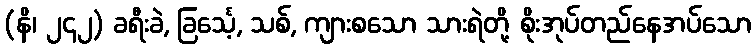
(နိ၊ ၂၄၂) ခရီးခဲ, ခြင်္သေ့, သစ်, ကျားစသော သားရဲတို့ စိုးအုပ်တည်နေအပ်သော